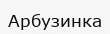
Арбузинка